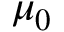
\mu _ { 0 }